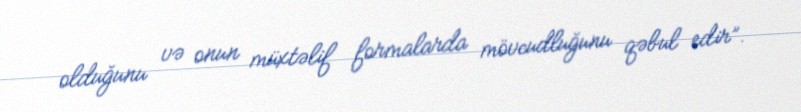
olduğunu və onun müxtəlif formalarda mövcudluğunu qəbul edir”.